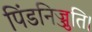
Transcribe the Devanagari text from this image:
पिंडनिज्जुति।